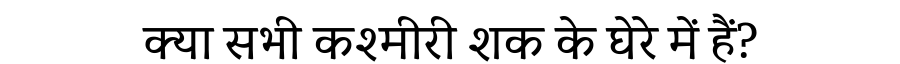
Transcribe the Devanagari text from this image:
क्या सभी कश्मीरी शक के घेरे में हैं?